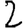
Digit: 2